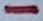
Text: -